Document type: Enfranchisement
Year: 1297
Scribe: Jaume de Trilla
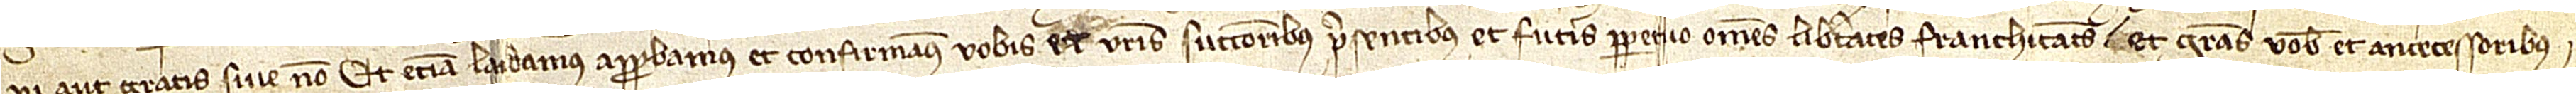
vi aut gratis sive non. Et etiam laudamus, approbamus et confirmamus vobis et vestris successoribus presentibus et futuris perpetuo omnes libertates, franchitates et gratias vobis et antecessoribus